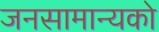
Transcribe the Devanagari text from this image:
जनसामान्‍यको